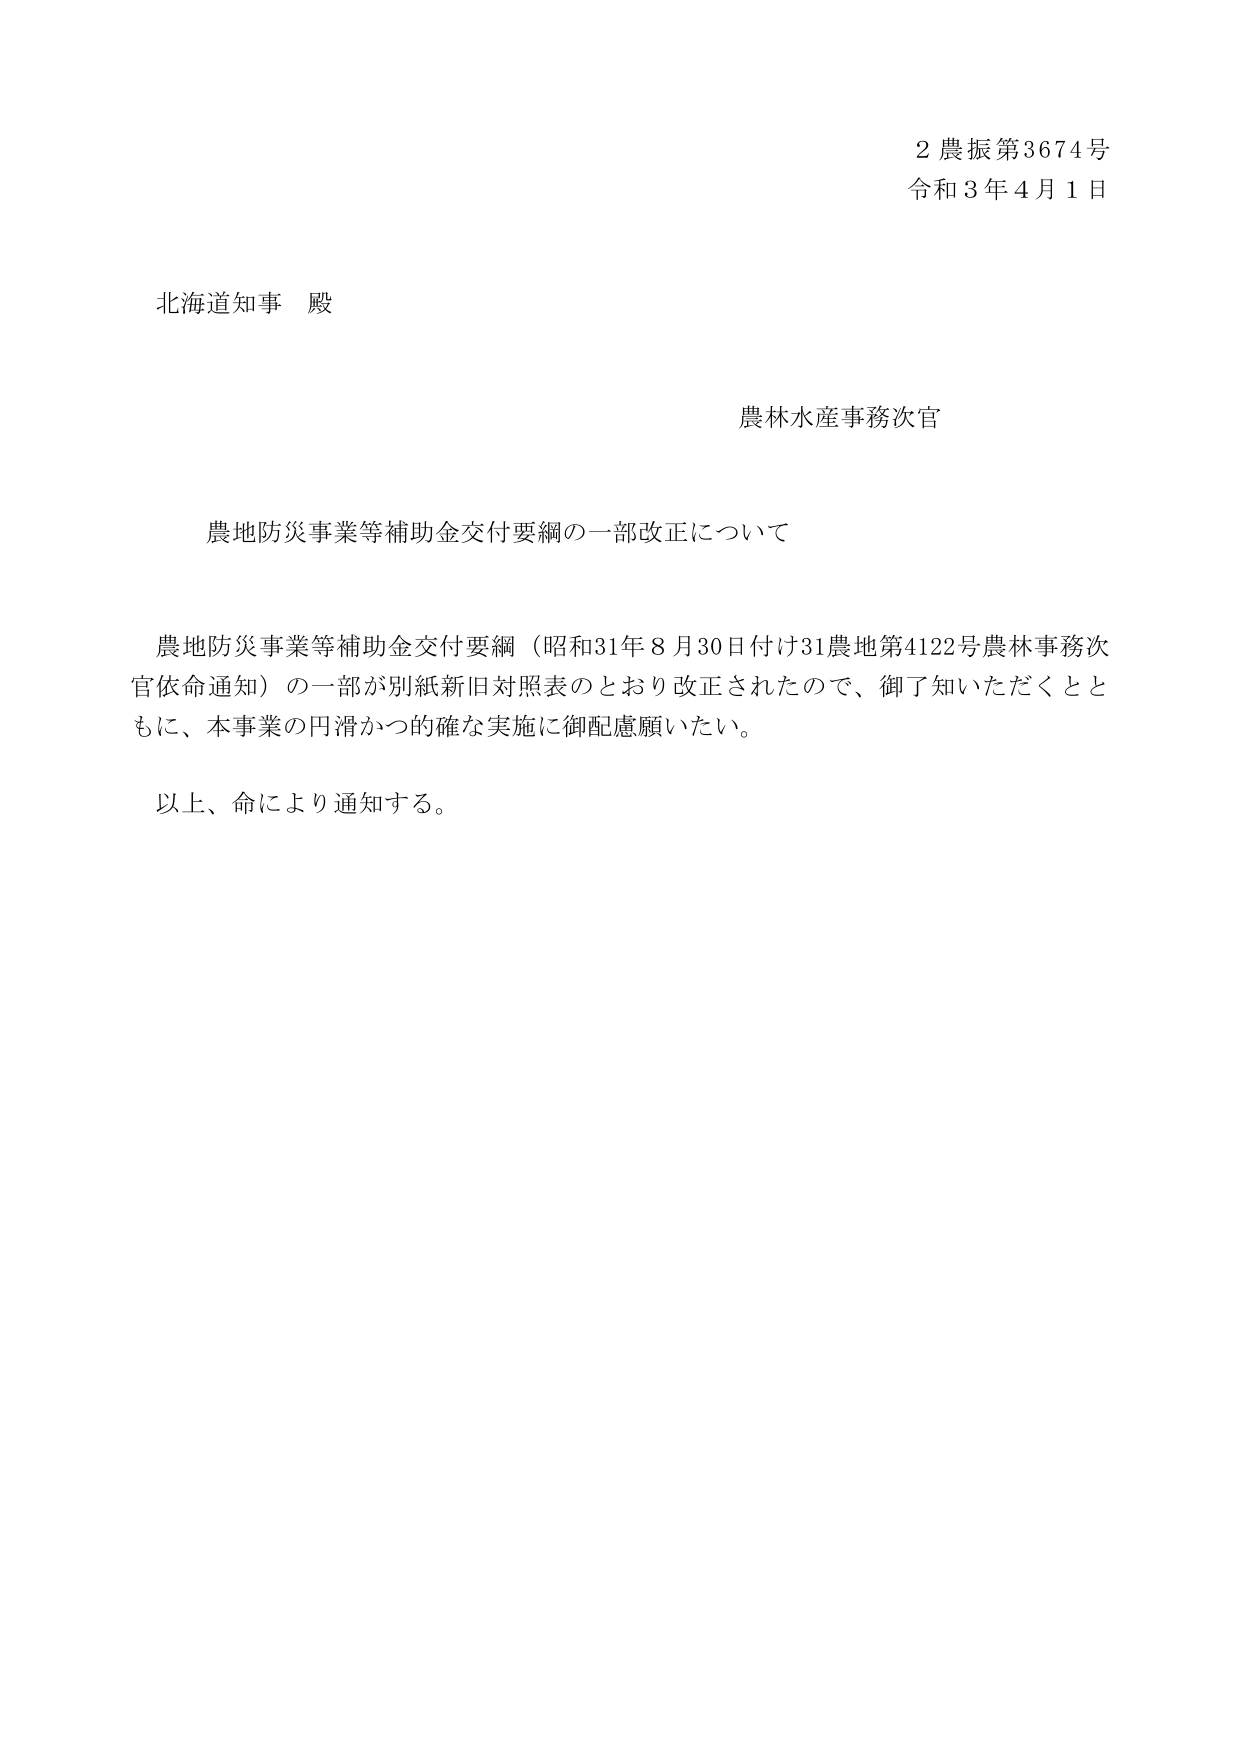
2 農振第3674号
令和3年4月1日

北海道知事 殿

農林水産事務次官

農地防災事業等補助金交付要綱の一部改正について

農地防災事業等補助金交付要綱（昭和31年8月30日付け31農地第4122号農林事務次官依命通知）の一部が別紙新旧対照表のとおり改正されたので、御了知いただくとともに、本事業の円滑かつ的確な実施に御配慮願いたい。

以上、命により通知する。